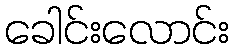
ခေါင်းလောင်း